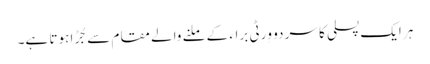
ہر ایک پسلی کا سر دو وِرٹی براء کے ملنے والے مقام سے جُڑا ہوتا ہے۔